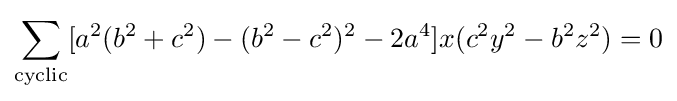
\sum _{\text{cyclic}}[a^{2}(b^{2}+c^{2})-(b^{2}-c^{2})^{2}-2a^{4}]x(c^{2}y^{2}-b^{2}z^{2})=0